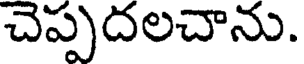
చెప్పదలచాను.